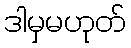
ဒါမှမဟုတ်